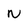
Character: N